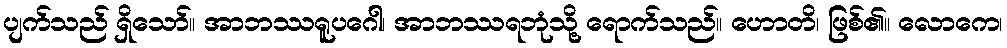
ပျက်သည် ရှိသော်။ အာဘဿရူပဂေါ၊ အာဘဿရဘုံသို့ ရောက်သည်။ ဟောတိ၊ ဖြစ်၏။ လောကေ၊